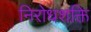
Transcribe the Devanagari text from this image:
निरोधशक्ति